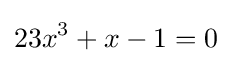
23x^{3}+x-1=0